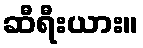
ဆီရီးယား။